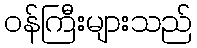
ဝန်ကြီးများသည်